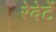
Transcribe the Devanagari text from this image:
रेवेर्टे